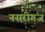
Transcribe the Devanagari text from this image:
नसरीगंज